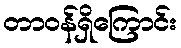
တာဝန်ရှိကြောင်း